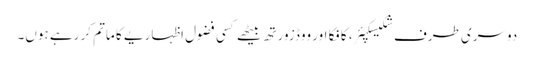
دوسری طرف شکیسکپئر، کافکا اور ووڈزورتھ بیٹھے کسی فضول اظہاریے کا ماتم کر رہے ہوں۔